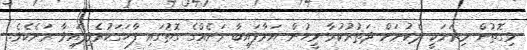
މިގޮތުން މިރަށަކީ ދެކުނަށް ދަތުރުކުރާ މީހުން އަރާފައިބާ ރަށެއްގެ ގޮތުގައި ފާހަގަކުރެވިފައިވާ ރަށެކެވެ.